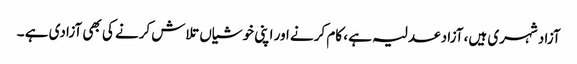
آزاد شہری ہیں، آزاد عدلیہ ہے ، کام کرنے اور اپنی خوشیاں تلاش کرنے کی بھی آزادی ہے ۔